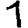
Digit: 1